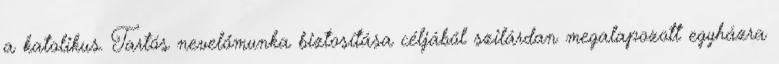
a katolikus. Tartós nevelőmunka biztosítása céljából szilárdan megalapozott egyházra